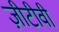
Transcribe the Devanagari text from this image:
ज़ीटीवी